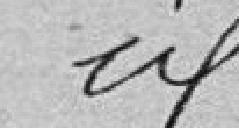
idem